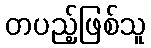
တပည့်ဖြစ်သူ